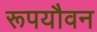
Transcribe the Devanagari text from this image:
रूपयौवन